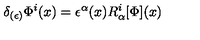
\delta _ { ( \epsilon ) } \Phi ^ { i } ( x ) = \epsilon ^ { \alpha } ( x ) R _ { \alpha } ^ { i } [ \Phi ] ( x )